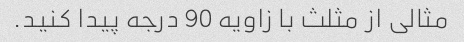
مثالی از مثلث با زاویه 90 درجه پیدا کنید.